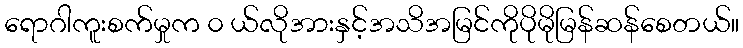
ရောဂါကူးစက်မှုက ၀ ယ်လိုအားနှင့်အသိအမြင်ကိုပိုမိုမြန်ဆန်စေတယ်။